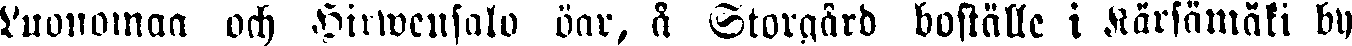
Luonomaa och Hirwensalo öar, å Storgård boställe i Kärsämäki by